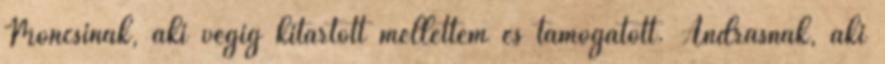
Moncsinak, aki végig kitartott mellettem és támogatott. Andrásnak, aki